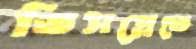
ডিসপ্লেতে